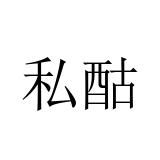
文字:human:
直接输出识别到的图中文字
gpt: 私酤